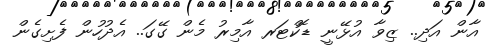
އާން އަދި.. ޒިވާ އުޅޭނީ ޑޮކްޓަރ އާމިރު މެން ގޭގަ.. އެދުހުން ފެށިގެން